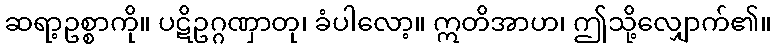
ဆရာ့ဥစ္စာကို။ ပဋိဥဂ္ဂဏှာတု၊ ခံပါလော့။ ဣတိအာဟ၊ ဤသို့လျှောက်၏။